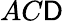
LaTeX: AC\mathsf{D}